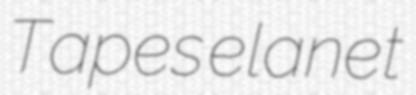
Tapes elanet